Leningradi_Edasi_toimetus, lk 198
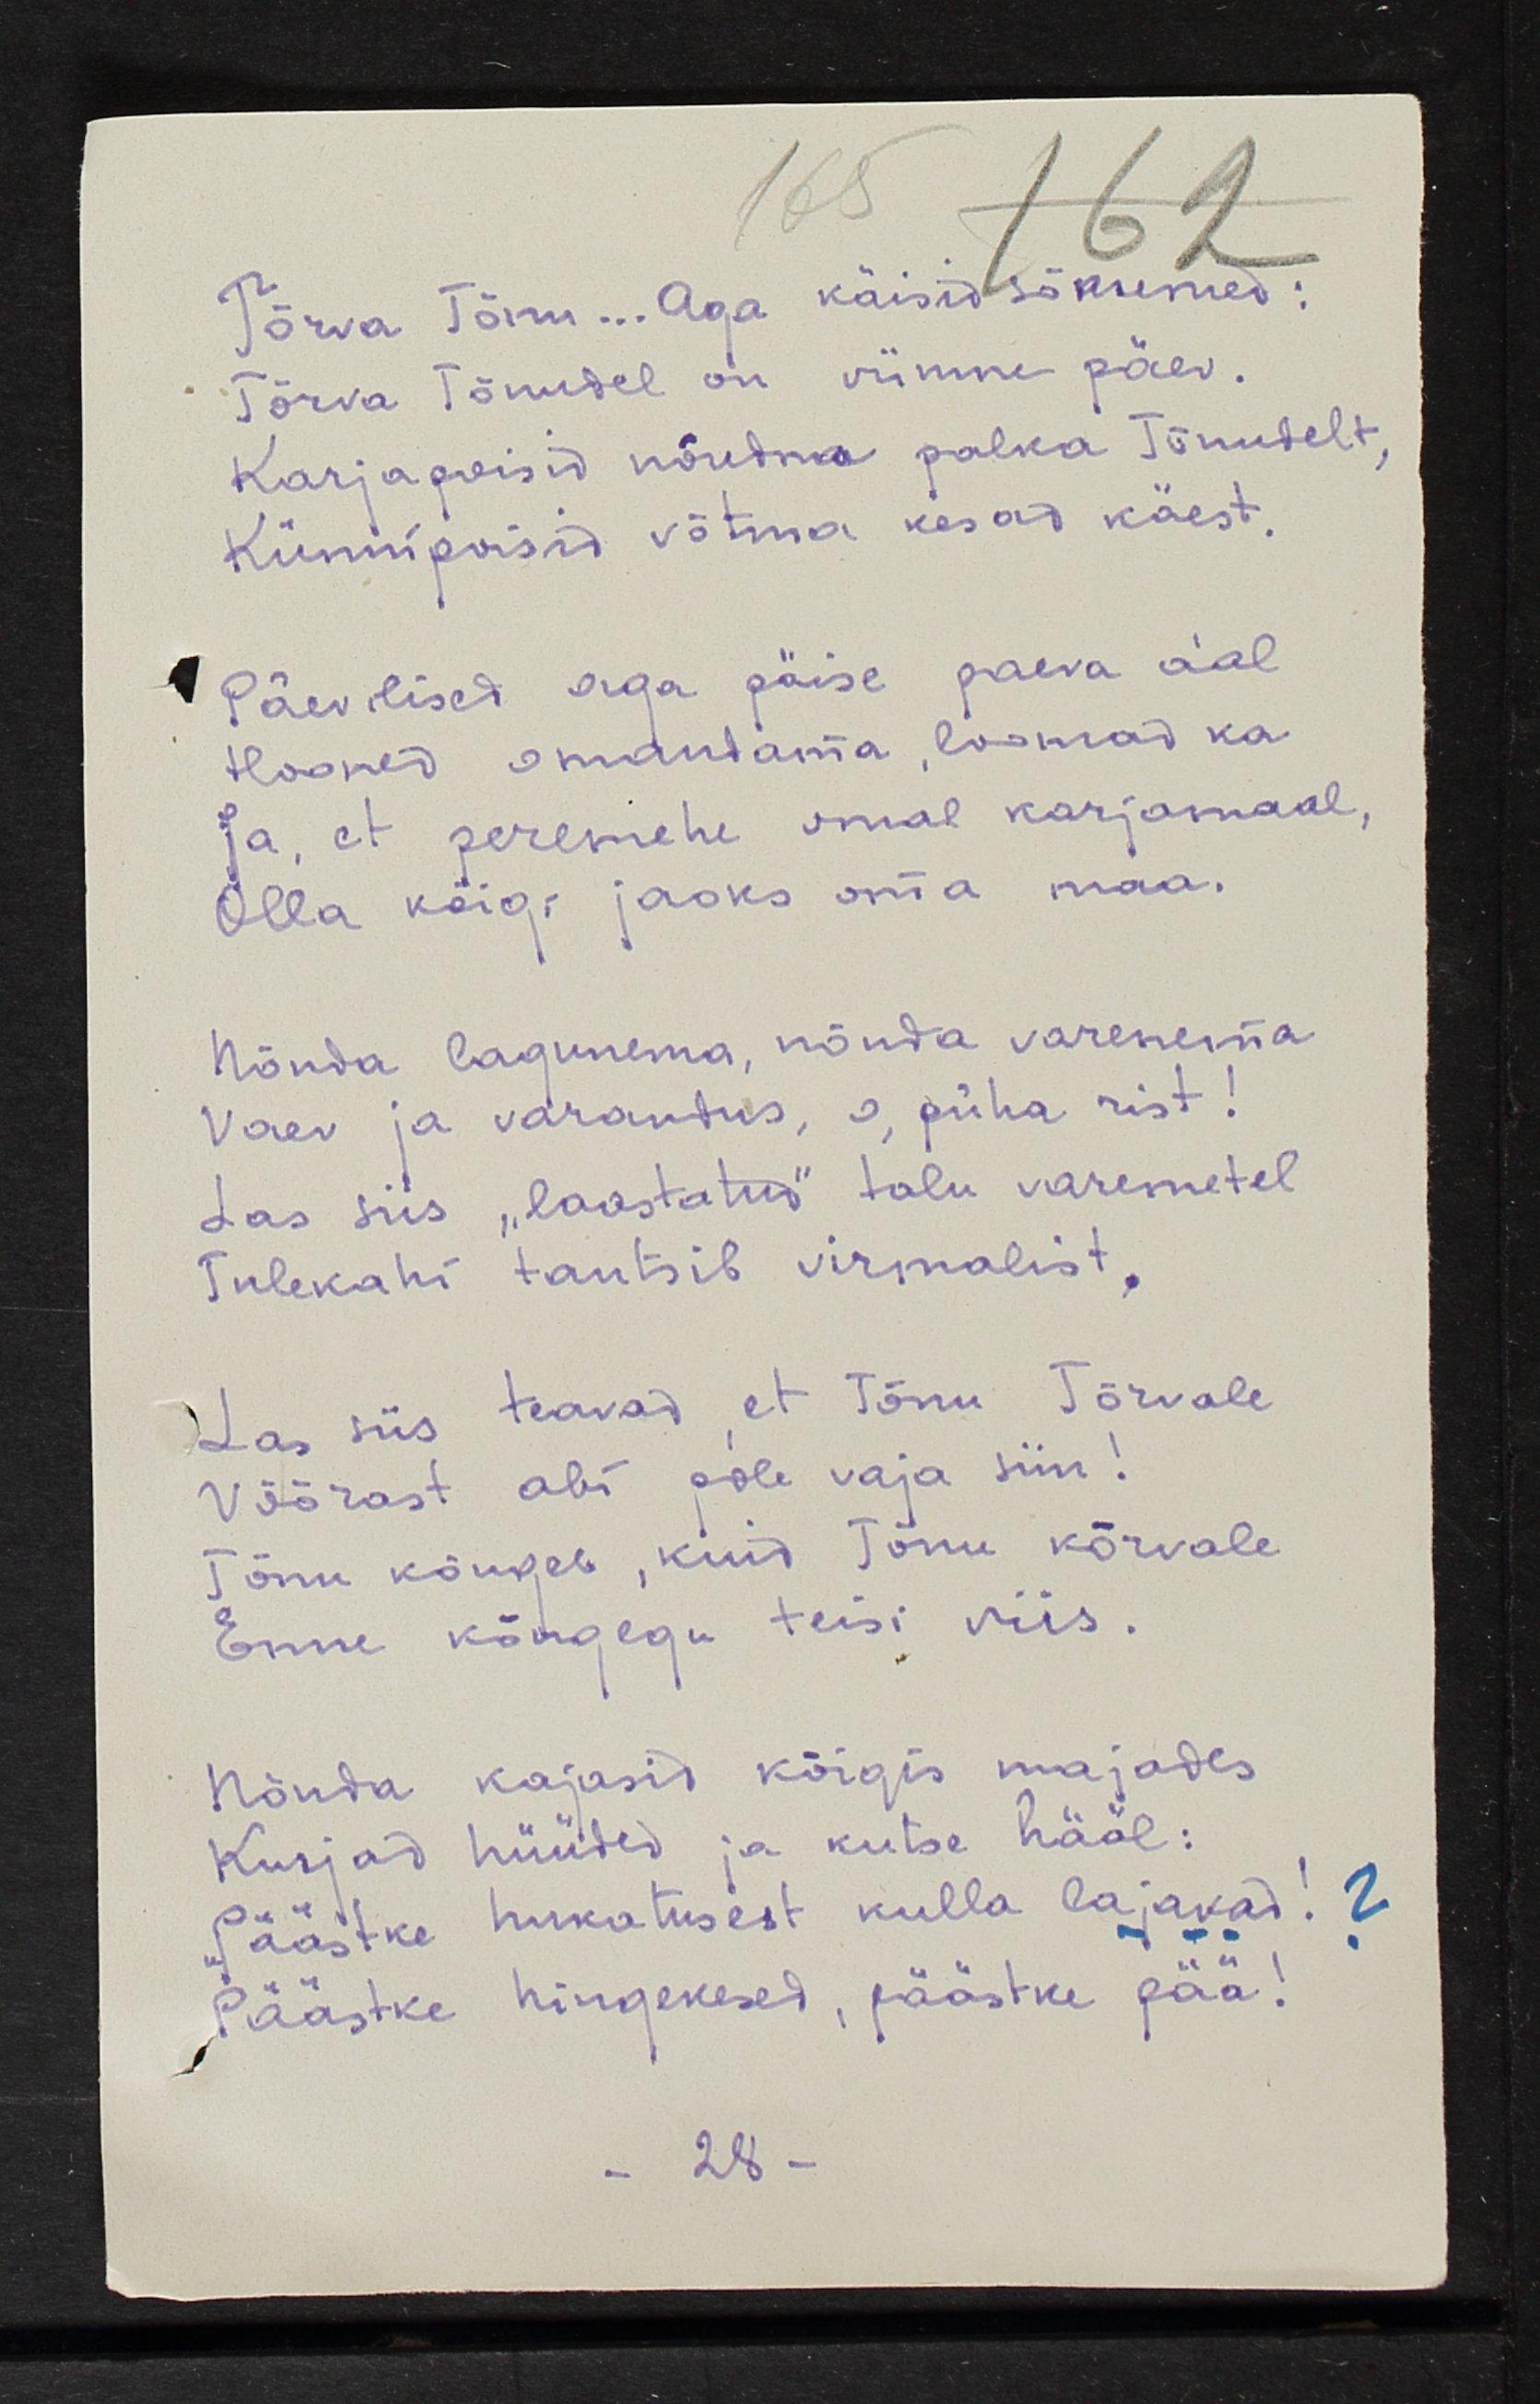
Tõrva Tõnu... Aga käisid sõnumed:
Tõrva Tõnudel on viimne päev.
Karjapoisid nõudma palka Tõnudelt,
Künnipoisid võtma kesad käest.
Päevelised aga päise paeva a'al
Hooned omandama, loomad ka
Ja, et peremehe omal karjamaal,
Olla köigi jaoks oma maa.
Nõnda lagunema, nõnda varenema
Vaen ja varandus, o, püha rist!
Las siis "laostatud" talu varemetel
Tulekahi tantsib virmalist.
Las siis teavad, et Tõnu Tõrvale
Võõrast abi pole vaja siin!
Tõnu kõngeb, kuid Tõnu kõrvale
Enne kõngegu teisi viis.
Nõnda kajasid kõigis majades
Kurjad hüüded ja kutse hääl:
"Päästke hukatusest kulla lajakad! ?
pääste hingekesed, päästke pää!